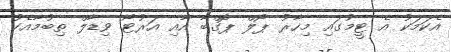
އެކަމަކު އެ ޓީމުގައި މިހާރު ޕޯލް ޕޮގްބާ އާއި އަރުޓޯ ވިޑާލް ތިބުމާއެކު